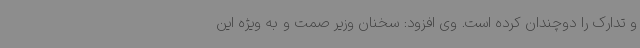
و تدارک را دوچندان کرده است. وی افزود: سخنان وزیر صمت و به ویژه این